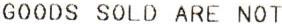
GOODS SOLD ARE NOT